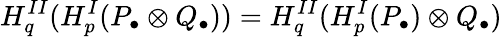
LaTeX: H_{q}^{II}(H_{p}^{I}(P_{\bullet}\otimes Q_{\bullet}))=H_{q}^{II}(H_{p}^{I}(P_{\bullet})\otimes Q_{\bullet})